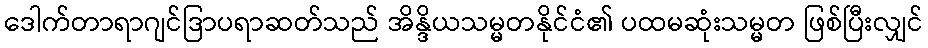
ဒေါက်တာရာဂျင်ဒြာပရာဆတ်သည် အိန္ဒိယသမ္မတနိုင်ငံ၏ ပထမဆုံးသမ္မတ ဖြစ်ပြီးလျှင်